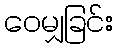
ဝေမျှခြင်း